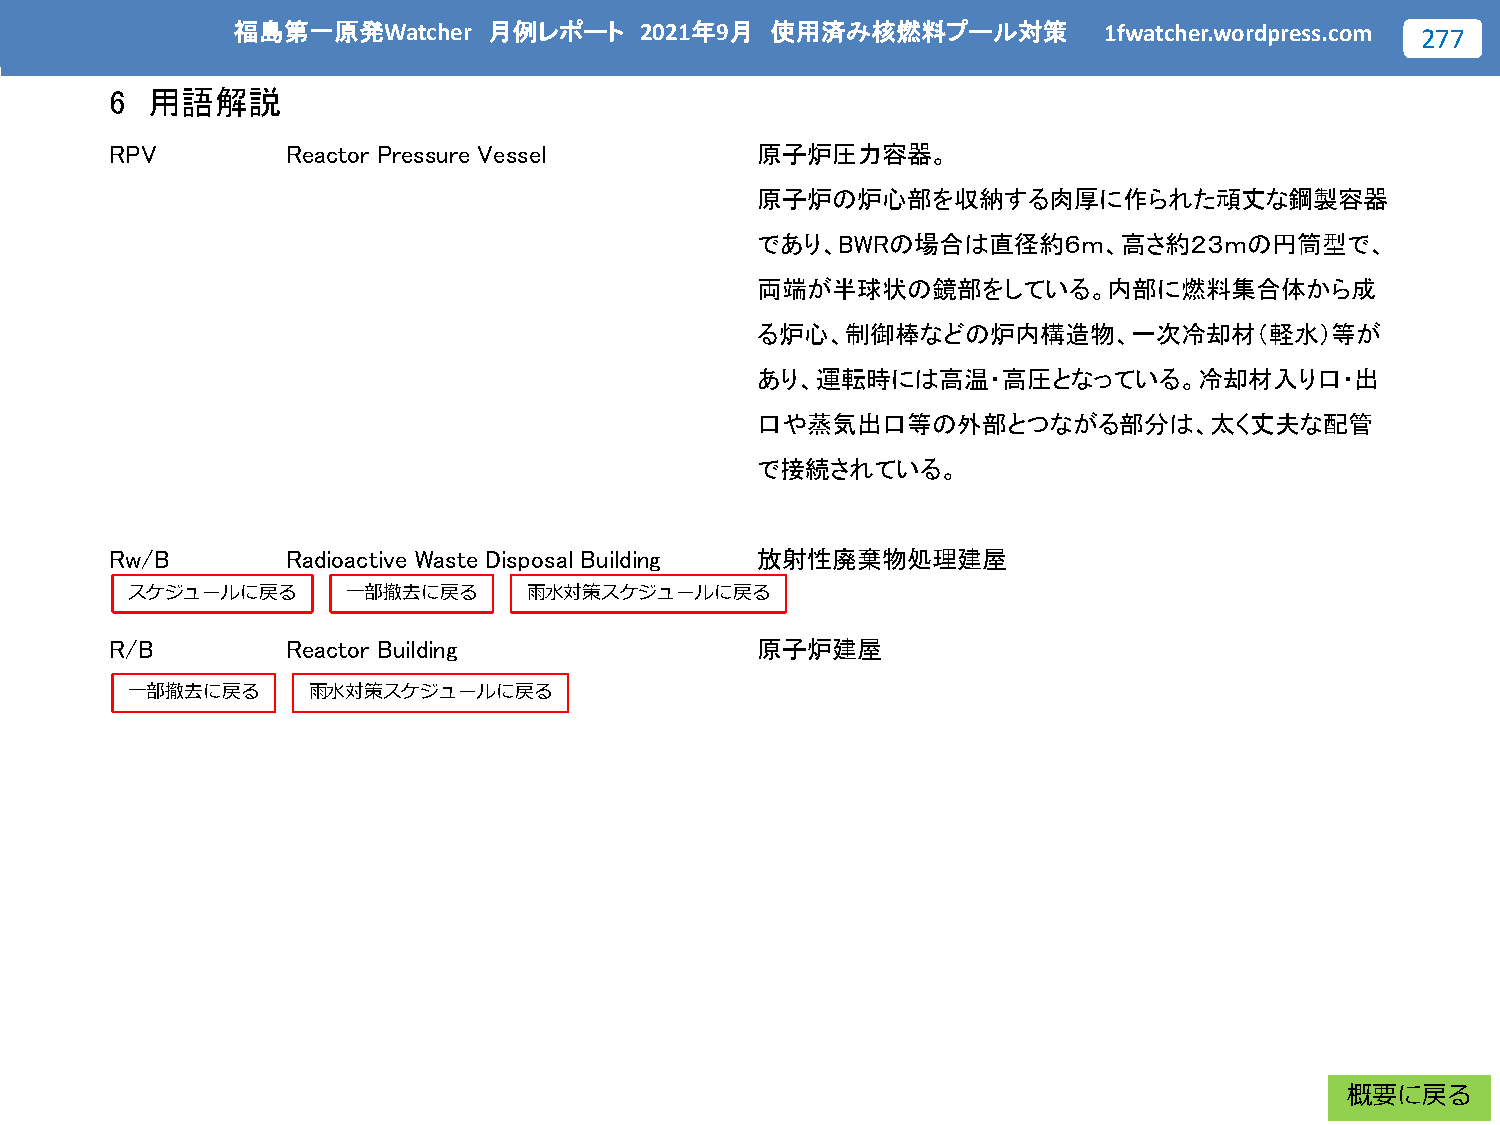
福島第一原発Watcher    月例レポート    2021年9月  使用済み核燃料プール対策          1fwatcher.wordpress.com 277
 6  用語解説
 RPV         Reactor Pressure Vessel        原子炉圧力容器。
 原子炉の炉心部を収納する肉厚に作られた頑丈な鋼製容器
 であり、BWRの場合は直径約６ｍ、高さ約２３ｍの円筒型で、
 両端が半球状の鏡部をしている。内部に燃料集合体から成
 る炉心、制御棒などの炉内構造物、一次冷却材（軽水）等が
 あり、運転時には高温・高圧となっている。冷却材入り口・出
 口や蒸気出口等の外部とつながる部分は、太く丈夫な配管
 で接続されている。
 Rw/B        Radioactive Waste Disposal Building 放射性廃棄物処理建屋
 スケジュールに戻る      一部撤去に戻る     雨水対策スケジュールに戻る
 R/B         Reactor Building               原子炉建屋
 一部撤去に戻る     雨水対策スケジュールに戻る
 概要に戻る